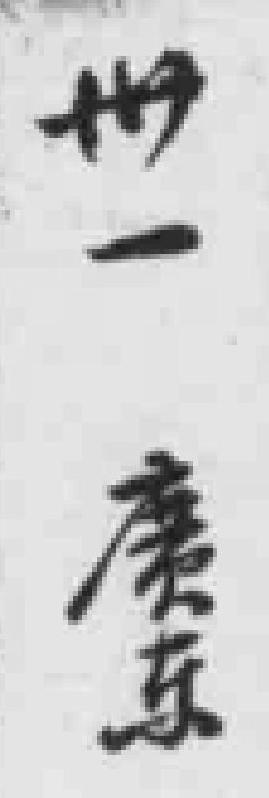
卅一廣东